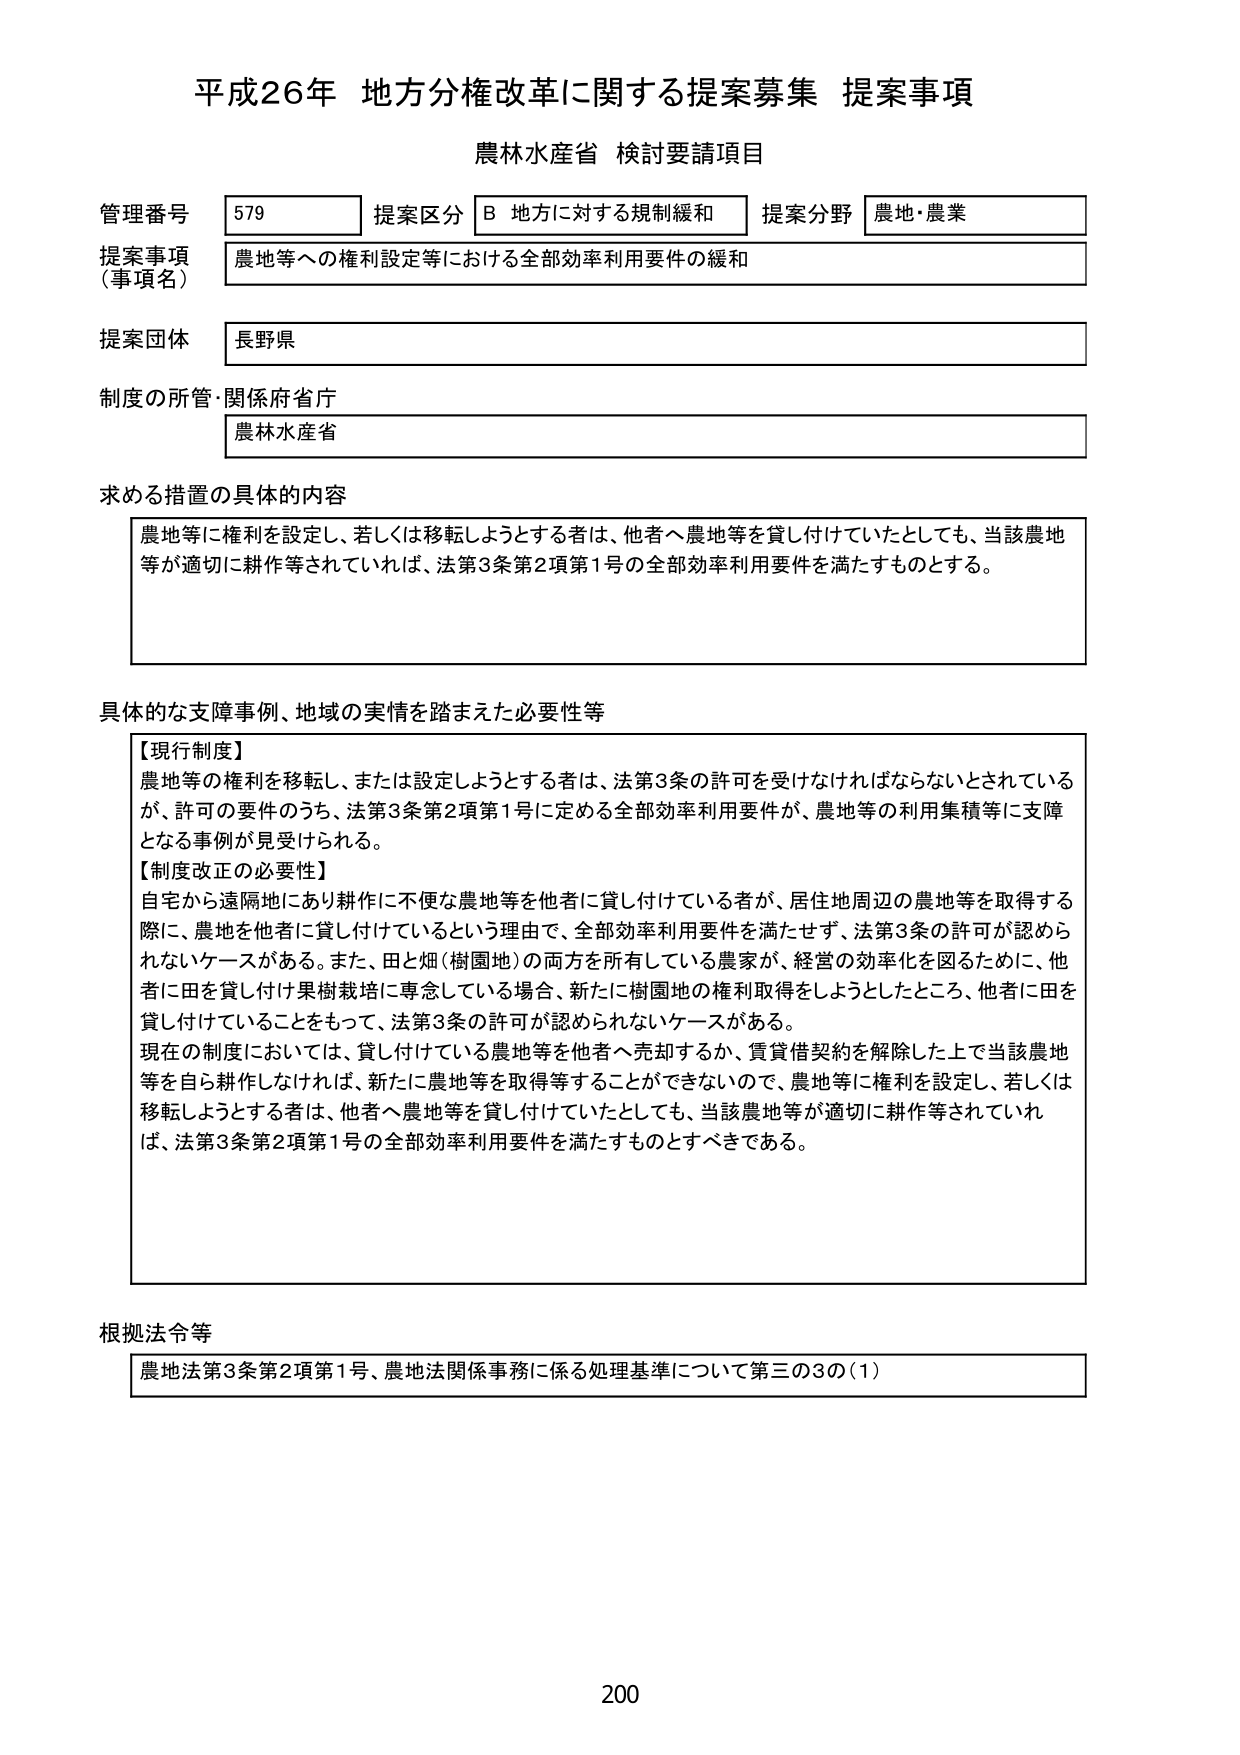
平成26年 地方分権改革に関する提案募集 提案事項
農林水産省 検討要請項目

管理番号 579 提案区分 B 地方に対する規制緩和 提案分野 農地・農業
提案事項（事項名） 農地等への権利設定等における全部効率利用要件の緩和
提案団体 長野県
制度の所管・関係府省庁 農林水産省

求める措置の具体的内容
農地等に権利を設定し、若しくは移転しようとする者は、他者へ農地等を貸し付けていたとしても、当該農地等が適切に耕作等されていれば、法第3条第2項第1号の全部効率利用要件を満たすものとする。

具体的な支障事例、地域の実情を踏まえた必要性等
【現行制度】
農地等の権利を移転し、または設定しようとする者は、法第3条の許可を受けなければならないとされているが、許可の要件のうち、法第3条第2項第1号に定める全部効率利用要件が、農地等の利用集積等に支障となる事例が見受けられる。
【制度改正の必要性】
自宅から遠隔地にあり耕作に不便な農地等を他者に貸し付けている者が、居住地周辺の農地等を取得する際に、農地を他者に貸し付けているという理由で、全部効率利用要件を満たせず、法第3条の許可が認められないケースがある。また、田と畑（樹園地）の両方を所有している農家が、経営の効率化を図るために、他者に田を貸し付け果樹栽培に専念している場合、新たに樹園地の権利取得をしようとしたところ、他者に田を貸し付けていることをもって、法第3条の許可が認められないケースがある。
現在の制度においては、貸し付けている農地等を他者へ売却するか、賃貸借契約を解除した上で当該農地等を自ら耕作しなければ、新たに農地等を取得等することができないのて、農地等に権利を設定し、若しくは移転しようとする者は、他者へ農地等を貸し付けていたとしても、当該農地等が適切に耕作等されていれば、法第3条第2項第1号の全部効率利用要件を満たすものとすべきである。

根拠法令等
農地法第3条第2項第1号、農地法関係事務に係る処理基準について第三の3の(1)

200